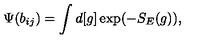
\Psi ( b _ { i j } ) = \int d [ g ] \exp ( - S _ { E } ( g ) ) ,